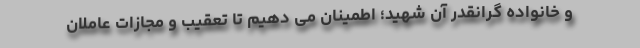
و خانواده گرانقدر آن شهید؛ اطمینان می دهیم تا تعقیب و مجازات عاملان